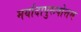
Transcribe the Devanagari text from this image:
मर्यादापुरूषोत्तम